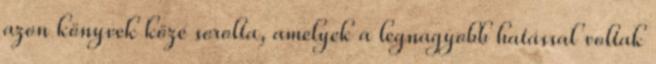
azon könyvek közé sorolta, amelyek a legnagyobb hatással voltak